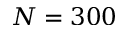
N = 3 0 0